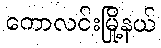
ကောလင်းမြို့နယ်